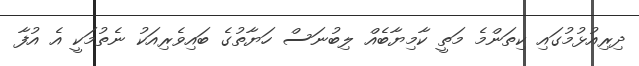
ދިރިއުޅުމުގައި ކިތަންމެ މަތީ ކާމިޔާބެއް ލިބުނަސް ހަޔާތުގެ ބައިވެރިއަކު ނެތުމަކީ އެ އުފާ